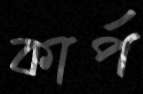
কার্প